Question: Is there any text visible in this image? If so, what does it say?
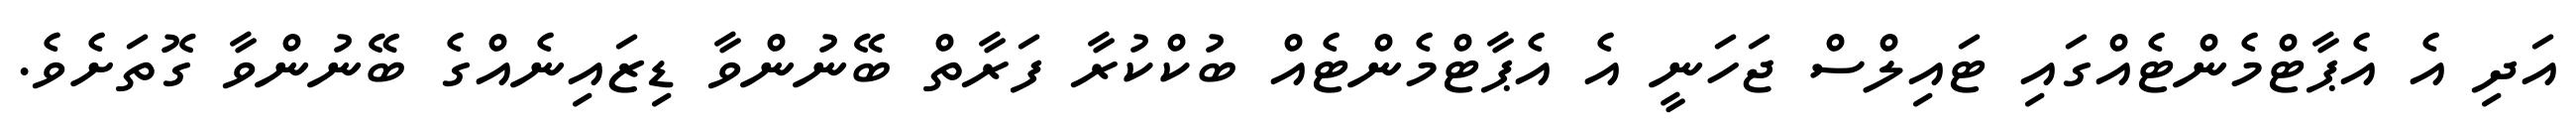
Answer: އަދި އެ އެޕާޓްމެންޓެއްގައި ޓައިލްސް ޖަހަނީ އެ އެޕާޓްމެންޓެއް ބުކްކުރާ ފަރާތް ބޭނުންވާ ޑިޒައިނެއްގެ ބޭނުންވާ ގޮތަށެވެ.